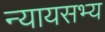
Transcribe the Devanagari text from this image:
न्यायसभ्य